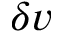
\delta v